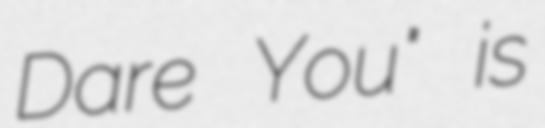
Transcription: Dare You" is